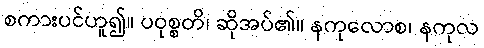
စကားပင်ဟူ၍။ ပဝုစ္စတိ၊ ဆိုအပ်၏။ နကုလောစ၊ နကုလ